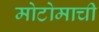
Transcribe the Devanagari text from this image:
मोटोमाची